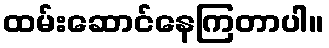
ထမ်းဆောင်နေကြတာပါ။